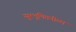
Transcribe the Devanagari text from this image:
सुरभूषितनीळा